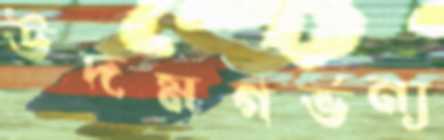
উদমগর্ভন্য